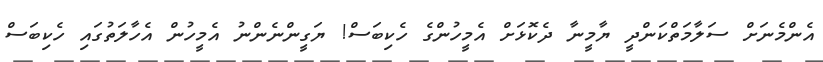
އެންމެނަށް ސަލާމަތްކަންދީ ޔާމީނާ ދެކޮޅަށް އެމީހުންގެ ހެކިބަސް! ޔަގީންނެންނު އެމީހުން އެހާލަތުގައި ހެކިބަސް